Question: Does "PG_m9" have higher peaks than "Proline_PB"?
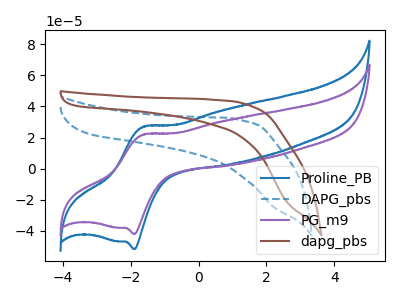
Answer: <think>The blue curve "Proline_PB" has an anodic peak at (-1.65V, 26.95uA) and a cathodic peak at (-1.90V, -51.75uA). The blue dashed curve "DAPG_pbs" has no peaks. The purple curve "PG_m9" has an anodic peak at (-1.65V, 21.90uA) and a cathodic peak at (-1.90V, -42.00uA). The brown curve "dapg_pbs" has no peaks.</think>
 <answer>Every peak in "PG_m9" is lower than every peak in "Proline_PB".</answer>
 <eval>lower</eval>